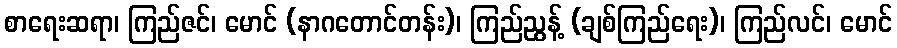
စာရေးဆရာ၊ ကြည်ဇင်၊ မောင် (နာဂတောင်တန်း)၊ ကြည်ညွန့် (ချစ်ကြည်ရေး)၊ ကြည်လင်၊ မောင်